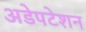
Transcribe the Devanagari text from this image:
अडेपटेशन